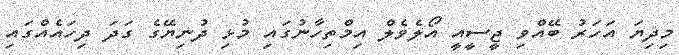
މިދިޔަ އަހަރު ބޭއްވި ޖީސީއީ އޯލެވެލް އިމްތިހާނުގައި މުޅި ދުނިޔޭގެ ގަދަ ދިހައެއްގައި